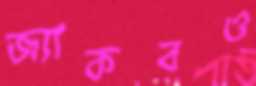
জ্যাকবও